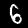
Digit: 6